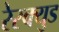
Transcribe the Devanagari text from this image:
रेस्क्युड